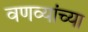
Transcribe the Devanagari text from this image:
वणव्यांच्या